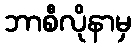
ဘာစီလိုနာမှ